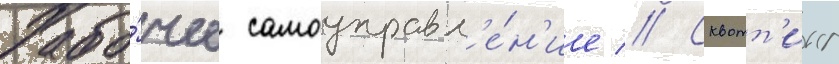
Рабо́чее самоуправл'е́н'ие // Сквотт'инг